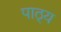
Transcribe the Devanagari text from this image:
पाठ्‌य